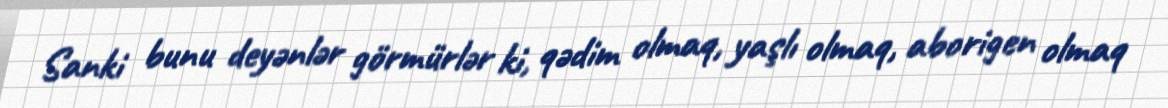
Sanki bunu deyənlər görmürlər ki, qədim olmaq, yaşlı olmaq, aborigen olmaq